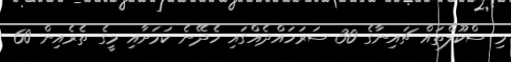
މި ސްކޫލްތައް ޗައިނާގެ 30 ސަރަހައްދެއްގައި ހެދޭނެ ކަމަށާއި މީގެ ތެރެއިން 60